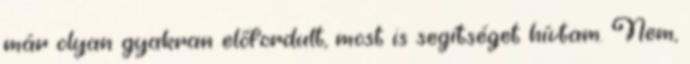
már olyan gyakran előfordult, most is segítséget hívtam. Nem,